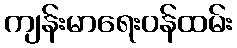
ကျန်းမာရေးဝန်ထမ်း